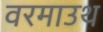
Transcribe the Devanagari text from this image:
वरमाउथ